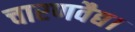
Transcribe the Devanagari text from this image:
चारणवैद्य।